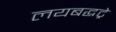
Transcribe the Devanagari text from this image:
लयबद्धट्रे